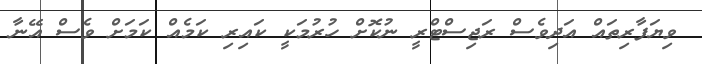
ވިޔަފާރިތައް އަދިވެސް ރަޖިސްޓްރީ ނުކޮށް ހުރުމަކީ ކައިރި ކަމެއް ކަމަށް ވެސް އޭނާ